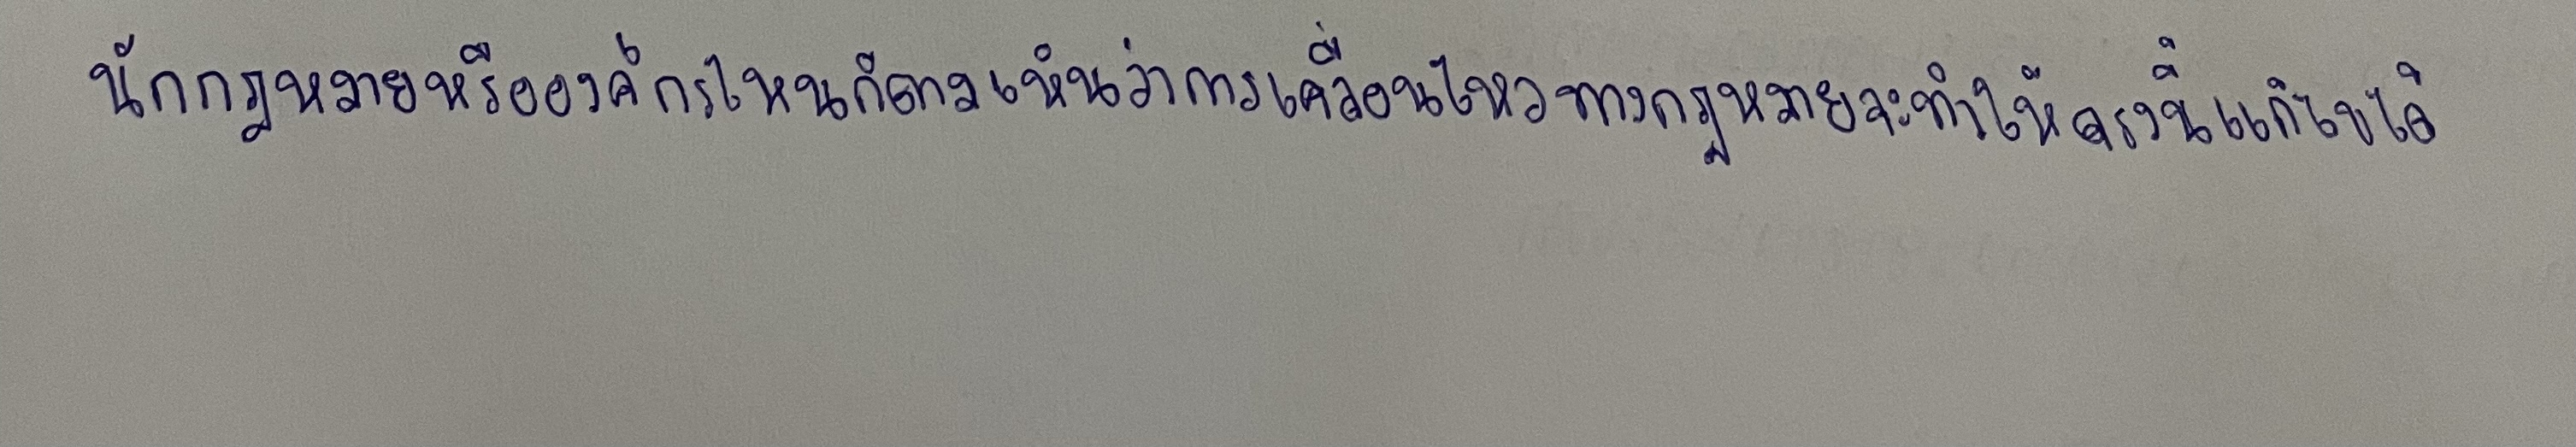
นักกฎหมายหรือองค์กรไหนก็ตามเห็นว่าการเคลื่อนไหวทางกฎหมายจะทำให้ตรงนี้แก้ไขได้